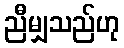
ညီမျှသည်ဟု